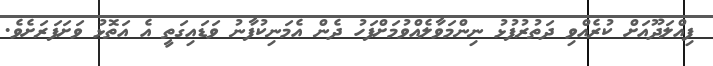
ފިއްލަދޫއަށް ކުރެއްވި ދަތުރުފުޅު ނިންމަވާލެއްވުމަށްފަހު ދެން އެމަނިކުފާނު ވަަޑައިގަތީ އެ އަތޮޅު ވަށަފަރަށެވެ.